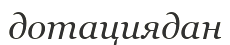
дотациядан